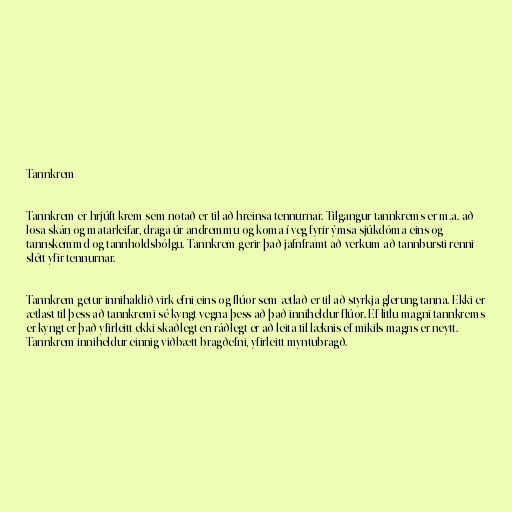
Tannkrem

Tannkrem er hrjúft krem sem notað er til að hreinsa tennurnar. Tilgangur tannkrems er m.a. að
losa skán og matarleifar, draga úr andremmu og koma í veg fyrir ýmsa sjúkdóma eins og
tannskemmd og tannholdsbólgu. Tannkrem gerir það jafnframt að verkum að tannbursti renni
slétt yfir tennurnar.

Tannkrem getur innihaldið virk efni eins og flúor sem ætlað er til að styrkja glerung tanna. Ekki er
ætlast til þess að tannkremi sé kyngt vegna þess að það inniheldur flúor. Ef litlu magni tannkrems
er kyngt er það yfirleitt ekki skaðlegt en ráðlegt er að leita til læknis ef mikils magns er neytt.
Tannkrem inniheldur einnig viðbætt bragðefni, yfirleitt myntubragð.